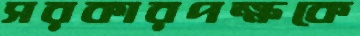
সরকারপক্ষকে